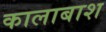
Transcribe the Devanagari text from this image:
कालाबाश